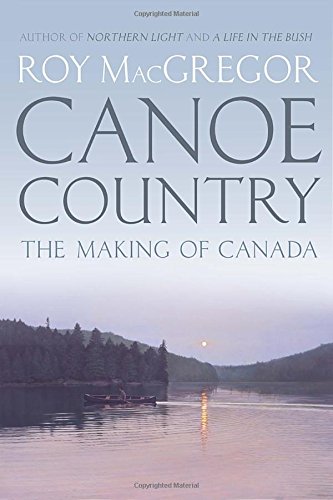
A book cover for Canoe Country: The Making of Canada; Roy MacGregor; History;